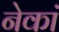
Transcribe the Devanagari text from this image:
नेकां